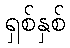
ရှစ်နှစ်